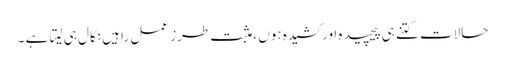
حالات کتنے ہی پیچیدہ اور کشیدہ ہوں ،مثبت طرز عمل راہیں نکال ہی لیتا ہے ۔